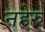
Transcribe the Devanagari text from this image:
नहेरु